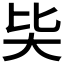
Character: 𡗬